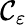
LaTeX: \mathcal{C}_{\varepsilon}